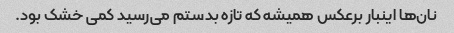
نان‌ها اینبار برعکس همیشه که تازه بدستم می‌رسید کمی خشک بود.